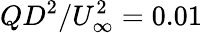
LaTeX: QD^{2}/U_{\infty}^{2}=0.01